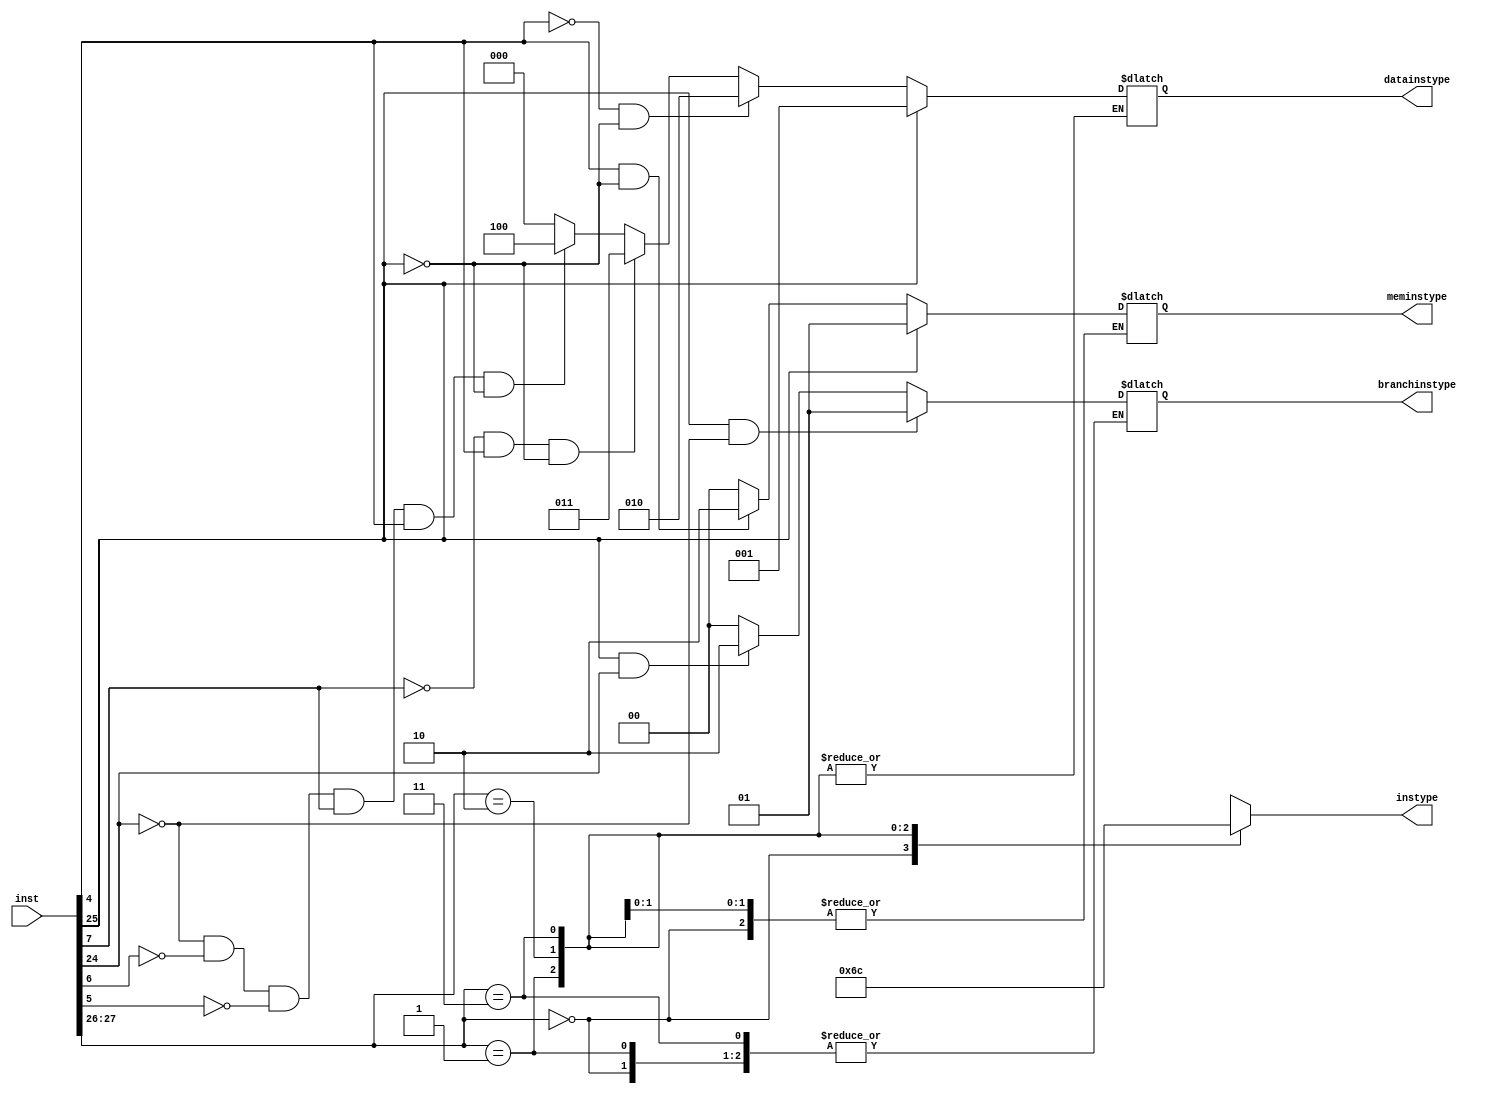
module datamodule(
input [31:0] inst,
output reg[1:0] instype,
output reg [2:0] datainstype,
output reg [1:0] meminstype,
output reg [1:0] branchinstype
 
    );
	  
	 reg [1:0] bits;	
	 
	
	 always @(inst) 
begin
bits[0]=inst[26];
bits[1]=inst[27];
	 case(bits)
	 0: begin instype=1;
				if(inst[25]==1)
				datainstype=1;
				else if(inst[4]==0&&inst[25]==0)
				datainstype=2;
				else if(inst[7]==0&&inst[4]==1&&inst[25]==0)
				datainstype=3;
				else if(inst[24]==0&&inst[6]==0&&inst[5]==0&&inst[7]==1&&inst[4]==1&&inst[25]==0)
				datainstype=4;
				else
				datainstype=0;
				
		end	
					
	 1: begin instype=2;
				if(inst[25]==1)
				meminstype=1;
				else if(inst[4]==1&&inst[25]==0)
				meminstype=2;
				else
				meminstype=0;
				
		end
			
	 2: begin instype=3;
				if(inst[25]==1&&inst[24]==0)
				branchinstype=1;  //branch
				else if(inst[25]==1&&inst[24]==1)
				branchinstype=2;  //branch and link
				else
				branchinstype=0;
				
		end
	 3: instype=0;
	 endcase
	 end
	 endmodule